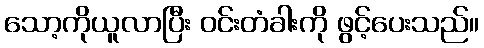
သော့ကိုယူလာပြီး ဝင်းတံခါးကို ဖွင့်ပေးသည်။